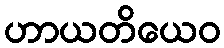
ဟာယတိယေဝ